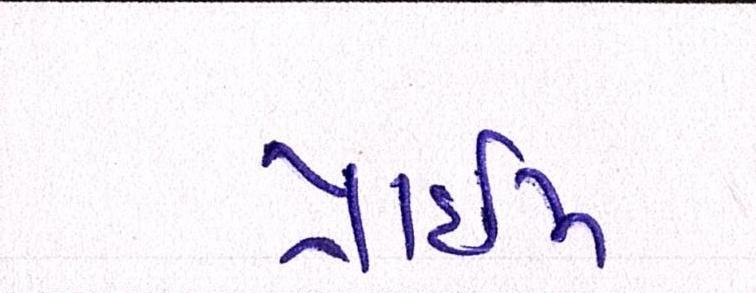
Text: પ્રાઇમ